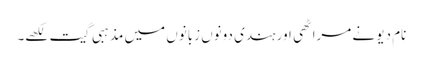
نام دیو نے مراٹھی اور ہندی دونوں زبانوں میں مذہبی گیت لکھے۔